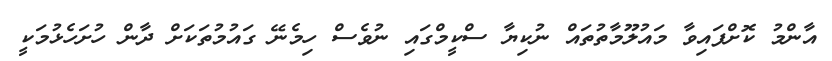
އާންމު ކޮށްފައިވާ މައުލޫމާތުތައް ނުކިޔާ ސްކީމްގައި ނުވެސް ހިމެނޭ ގައުމުތަކަށް ދާން ހުށަހެޅުމަކީ